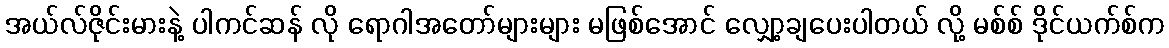
အယ်လ်ဇိုင်းမားနဲ့ ပါကင်ဆန် လို ရောဂါအတော်များများ မဖြစ်အောင် လျှော့ချပေးပါတယ် လို့ မစ်စ် ဒိုင်ယက်စ်က